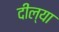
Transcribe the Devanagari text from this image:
दील्या